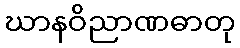
ဃာနဝိညာဏဓာတု